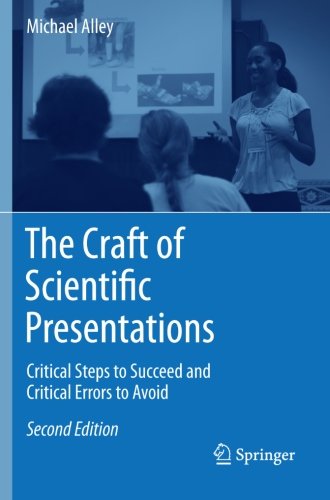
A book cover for The Craft of Scientific Presentations: Critical Steps to Succeed and Critical Errors to Avoid; Michael Alley; Science & Math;